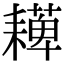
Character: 𦔠